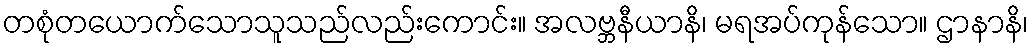
တစုံတယောက်သောသူသည်လည်းကောင်း။ အလဗ္ဘနီယာနိ၊ မရအပ်ကုန်သော။ ဌာနာနိ၊